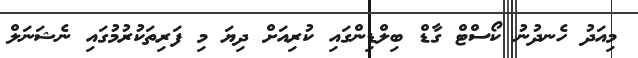
މިއަދު ހެނދުނު ކޯސްޓް ގާޑް ބިލްޑިންގައި ކުރިއަށް ދިޔަ މި ފަރިތަކުރުމުގައި ނެޝަނަލް